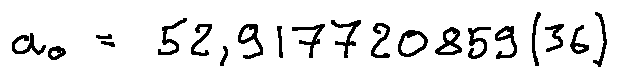
a _ { 0 } = 5 2 , 9 1 7 7 2 0 8 5 9 ( 3 6 )